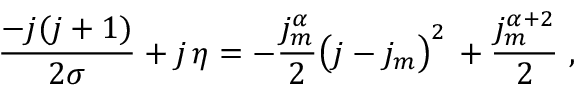
\frac { - j ( j + 1 ) } { 2 \sigma } + j \, \eta = - \frac { j _ { m } ^ { \alpha } } { 2 } \big ( j - j _ { m } \big ) ^ { 2 } \, + \frac { j _ { m } ^ { \alpha + 2 } } { 2 } \ ,